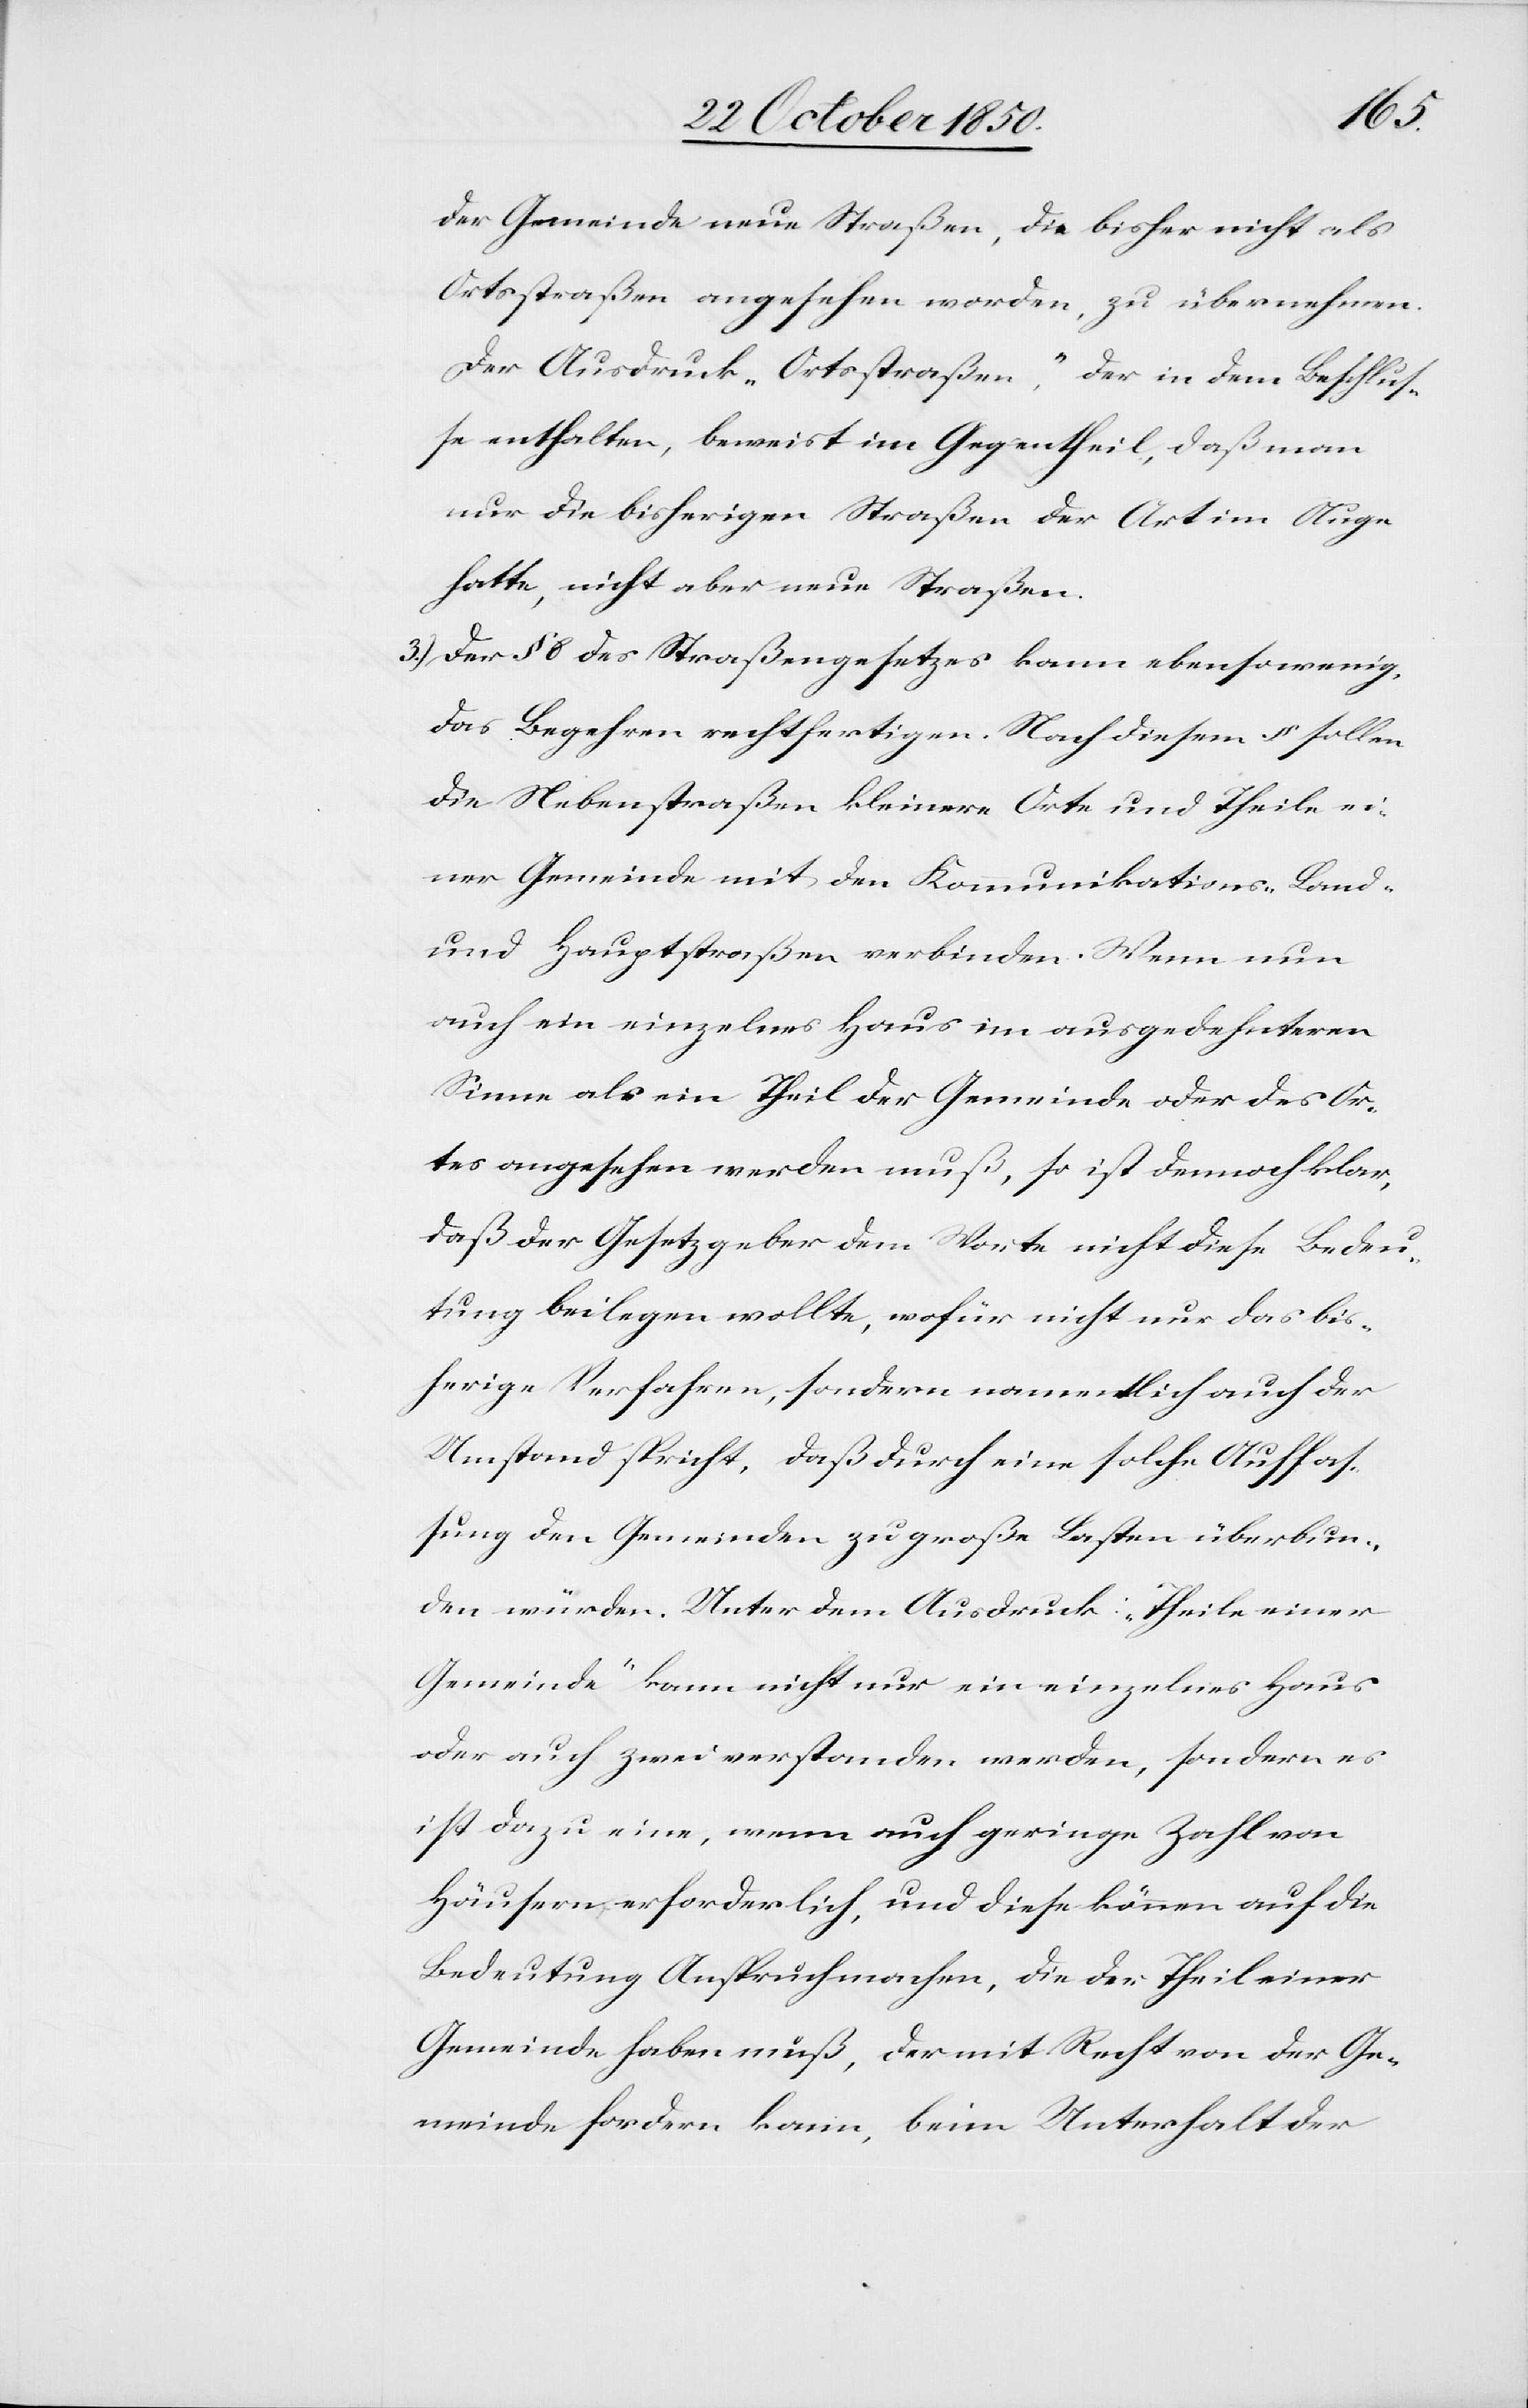
der Gemeinde neue Straßen, die bisher nicht als
Ortsstraßen angesehen worden, zu übernehmen.
Der Ausdruck „Ortsstraßen,“ der in dem Beschlus¬
se enthalten, beweist im Gegentheil, daß man
nur die bisherigen Straßen der Art im Auge
hatte, nicht aber neue Straßen.
3.) Der § 8 des Straßengesetzes kann ebensowenig,
das Begehren rechtfertigen. Nach diesem § sollen
die Nebenstraßen kleinere Orte und Theile ei¬
ner Gemeinde mit den Kommunikations-[,] Land-
und Hauptstraßen verbinden. Wenn nun
auch ein einzelnes Haus im ausgedehnteren
Sinne als ein Theil der Gemeinde oder des Or¬
tes angesehen werden muß, so ist dennoch klar,
daß der Gesetzgeber dem Worte nicht diese Bedeu¬
tung beilegen wollte, wofür nicht nur das bis¬
herige Verfahren, sondern namentlich auch der
Umstand spricht, daß durch eine solche Auffas¬
sung den Gemeinden zu große Lasten überbun¬
den würden. Unter dem Ausdruck: „Theile einer
Gemeinde“ kann nicht nur ein einzelnes Haus
oder auch zwei verstanden werden, sondern es
ist dazu eine, wenn auch geringe Zahl von
Häusern erforderlich, und diese können auf die
Bedeutung Anspruch machen, die der Theil einer
Gemeinde haben muß, der mit Recht von der Ge¬
meinde fordern kann, beim Unterhalt der